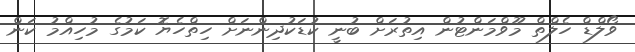
ވޯލްޑް ހެލްތް މޫވްމަންޓުން އިތުރަށް ބުނީ ކުޑަކުދިންނަށް ހިތްހެޔޮ ކަމުގެ މުހިއްމު ކަން